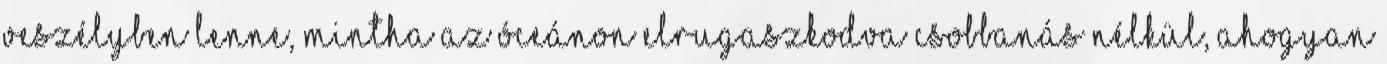
veszélyben lenne, mintha az óceánon elrugaszkodva csobbanás nélkül, ahogyan